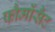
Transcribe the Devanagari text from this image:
फौर्मोसैट